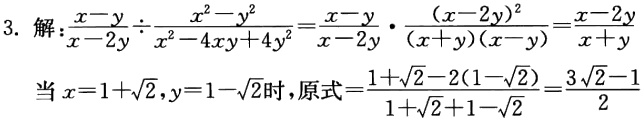
\[

\begin{align*}

&解:\frac{x - y}{x - 2y}\div\frac{x^{2}-y^{2}}{x^{2}-4xy + 4y^{2}}=\frac{x - y}{x - 2y}\cdot\frac{(x - 2y)^{2}}{(x + y)(x - y)}=\frac{x - 2y}{x + y}\\

&当x = 1+\sqrt{2},y = 1-\sqrt{2}时，原式=\frac{1+\sqrt{2}-2(1 - \sqrt{2})}{1+\sqrt{2}+1-\sqrt{2}}=\frac{3\sqrt{2}-1}{2}

\end{align*}

\]